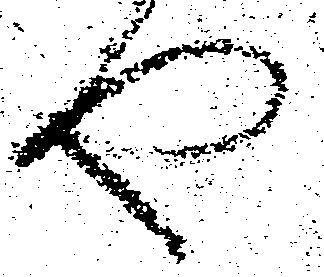
や